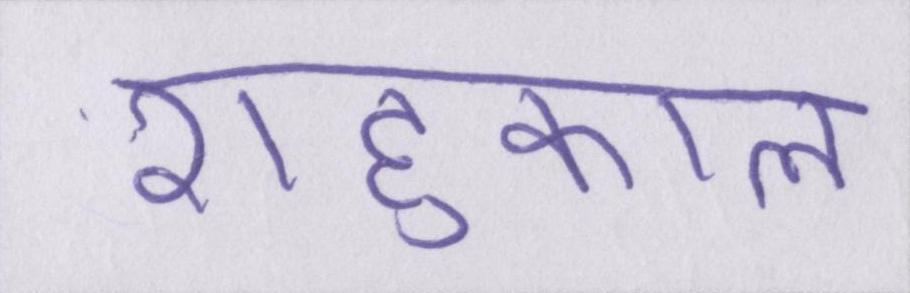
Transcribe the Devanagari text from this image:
राहुकाल